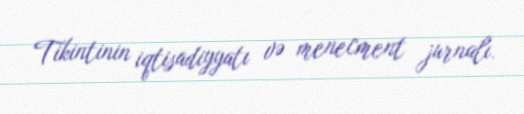
Tikintinin iqtisadiyyatı və menecment jurnalı.